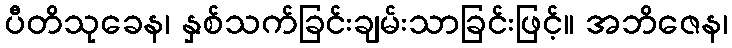
ပီတိသုခေန၊ နှစ်သက်ခြင်းချမ်းသာခြင်းဖြင့်။ အဘိဇေန၊